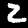
Label: 2